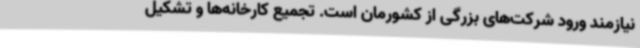
نیازمند ورود شرکت‌های بزرگی از کشورمان است. تجمیع کارخانه‌ها و تشکیل